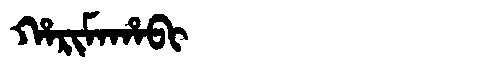
Manchu: ᡥᠠᡵᡳᠮᠠᡥᠠᠪᡳ
Romanization: HARIMAHABI